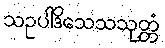
သဥပါဒိသေသသုတ္တံ